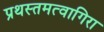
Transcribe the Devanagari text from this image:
प्रथस्तमत्वागिरा